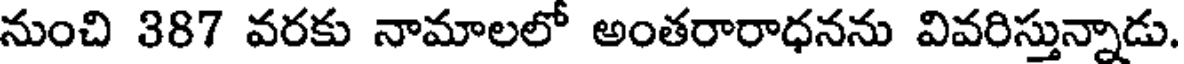
నుంచి 387 వరకు నామాలలో అంతరారాధనను వివరిస్తున్నాడు